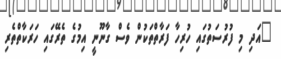
"އަދި މި ފުރުސަތުގައި ހުރިހާ ފަރާތްތަކުން ވެސް ގާނޫނީ އިމުގެ ތެރޭގައި ހަރަކާތްތެރި